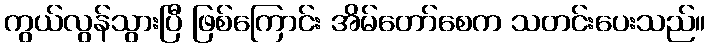
ကွယ်လွန်သွားပြီ ဖြစ်ကြောင်း အိမ်တော်စေက သတင်းပေးသည်။